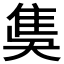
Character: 𨾗